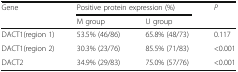
<table><thead><tr><td rowspan="2"><b>Gene</b></td><td colspan="2"><b>Positive protein expression (%)</b></td><td rowspan="2"><b><i>P</i></b></td></tr><tr><td><b>M group</b></td><td><b>U group</b></td></tr></thead><tbody><tr><td>DACT1(region 1)</td><td>53.5% (46/86)</td><td>65.8% (48/73)</td><td>0.117</td></tr><tr><td>DACT1(region 2)</td><td>30.3% (23/76)</td><td>85.5% (71/83)</td><td>&lt;0.001</td></tr><tr><td>DACT2</td><td>34.9% (29/83)</td><td>75.0% (57/76)</td><td>&lt;0.001</td></tr></tbody></table>